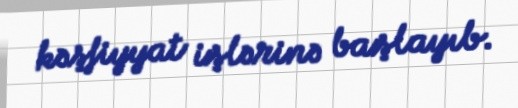
kəşfiyyat işlərinə başlayıb.